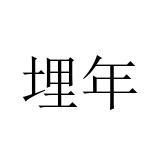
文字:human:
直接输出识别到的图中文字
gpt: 埋年